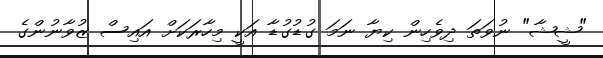
"ޝީޝާ" ނުވަތަ ދިވެހިން ކިޔާ ނަމަ ގުޑުގުޑާ އަކީ މިހާރަކަށް އައިސް ޒުވާނުންގެ